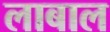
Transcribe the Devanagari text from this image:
लाबाल